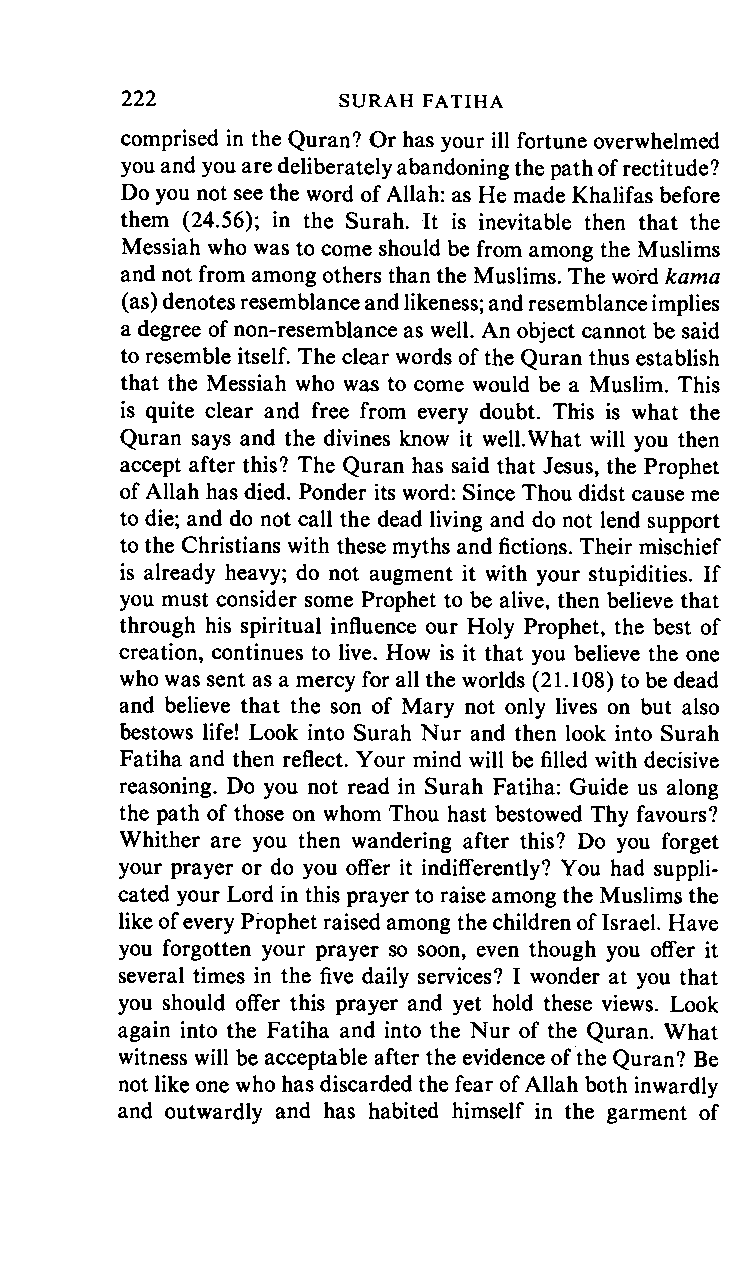
222     SURAH      FATIHA
 comprised in the Quran? Or has your ill fortune overwhelmed
 you and you are deliberately abandoning the path of rectitude?
 Do you not see the word of Allah: as He made Khalifas before
 them (24.56); in the Surah. It is inevitable then that the
 Messiah who was to come should be from among the Muslims
 and not from among others than the Muslims. The word kama
 (as) denotes resemblance and likeness; and resemblance implies
 a degree of non-resemblance as well. An object cannot be said
 to resemble itself. The clear words of the Quran thus establish
 that the Messiah who was to come would be a Muslim. This
 is quite clear and free from every doubt. This is what the
 Quran says and the divines know it well.What will you then
 accept after this? The Quran has said that Jesus, the Prophet
 of Allah has died. Ponder its word: Since Thou didst cause me
 to die; and do not call the dead living and do not lend support
 to the Christians with these myths and fictions. Their mischief
 is already heavy; do not augment it with your stupidities. If
 you must consider some Prophet to be alive, then believe that
 through his spiritual influence our Holy Prophet, the best of
 creation, continues to live. How is it that you believe the one
 who was sent as a mercy for all the worlds (21.108) to be dead
 and believe that the son of Mary not only lives on but also
 bestows life! Look into Surah Nur and then look into Surah
 Fatiha and then reflect. Your mind will be filled with decisive
 reasoning. Do you not read in Surah Fatiha: Guide us along
 the path of those on whom Thou hast bestowed Thy favours?
 Whither are you then wandering after this? Do you forget
 your prayer or do you offer it indifferently? You had suppli
 cated your Lord in this prayer to raise among the Muslims the
 like of every Prophet raised among the children of Israel. Have
 you forgotten your prayer so soon, even though you offer it
 several times in the five daily services? I wonder at you that
 you should offer this prayer and yet hold these views. Look
 again into the Fatiha and into the Nur of the Quran. What
 witness will be acceptable after the evidence of the Quran? Be
 not like one who has discarded the fear of Allah both inwardly
 and outwardly and has habited himself in the garment of